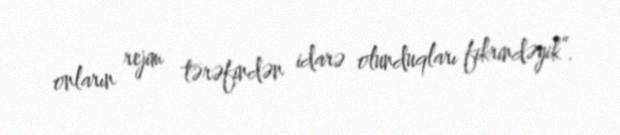
onların rejim tərəfindən idarə olunduqları fikrindəyik”.